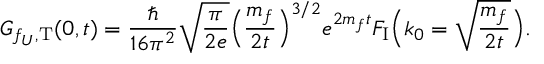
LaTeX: G _ { f _ { U } , \mathrm { T } } ( 0 , t ) = \frac { \hbar } { 1 6 \pi ^ { 2 } } \sqrt { \frac { \pi } { 2 e } } \Bigl ( \frac { m _ { f } } { 2 t } \Bigr ) ^ { 3 / 2 } e ^ { 2 m _ { f } t } F _ { \mathrm { I } } \Bigl ( k _ { 0 } = \sqrt { \frac { m _ { f } } { 2 t } } \Bigr ) .